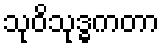
သုဝိသုဒ္ဓကတာ